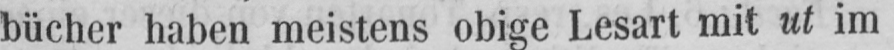
bücher haben meistens obige Lesart mit ut im